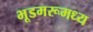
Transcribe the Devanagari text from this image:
भूडमरूमध्य